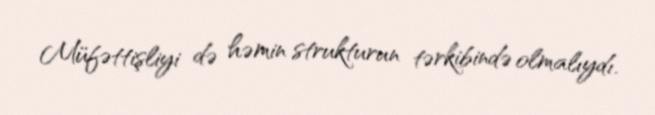
Müfəttişliyi də həmin strukturun tərkibində olmalıydı.